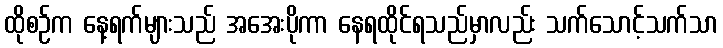
ထိုစဉ်က နေ့ရက်များသည် အအေးပိုကာ နေရထိုင်ရသည်မှာလည်း သက်သောင့်သက်သာ